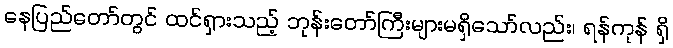
နေပြည်တော်တွင် ထင်ရှားသည့် ဘုန်းတော်ကြီးများမရှိသော်လည်း၊ ရန်ကုန် ရှိ